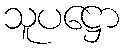
သူပဋ္ဌော